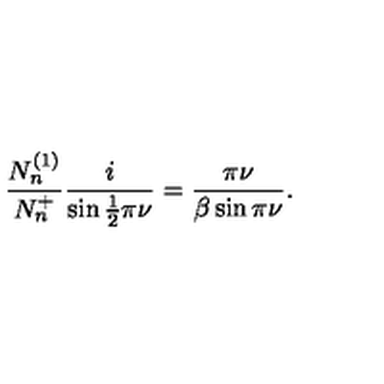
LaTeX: \frac { N _ { n } ^ { ( 1 ) } } { N _ { n } ^ { + } } \frac { i } { \sin \frac { 1 } { 2 } \pi \nu } = \frac { \pi \nu } { \beta \sin \pi \nu } .